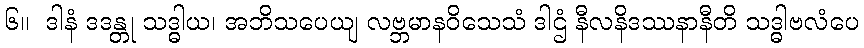
၆။  ဒါနံ ဒဒန္တု သဒ္ဓါယ၊ အဘိသပေယျ လဗ္ဘမာနဝိသေသံ ဒါဌံ နီလနိဒဿနာနီတိ သဒ္ဓါဗလံပေ